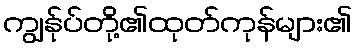
ကျွန်ုပ်တို့၏ထုတ်ကုန်များ၏